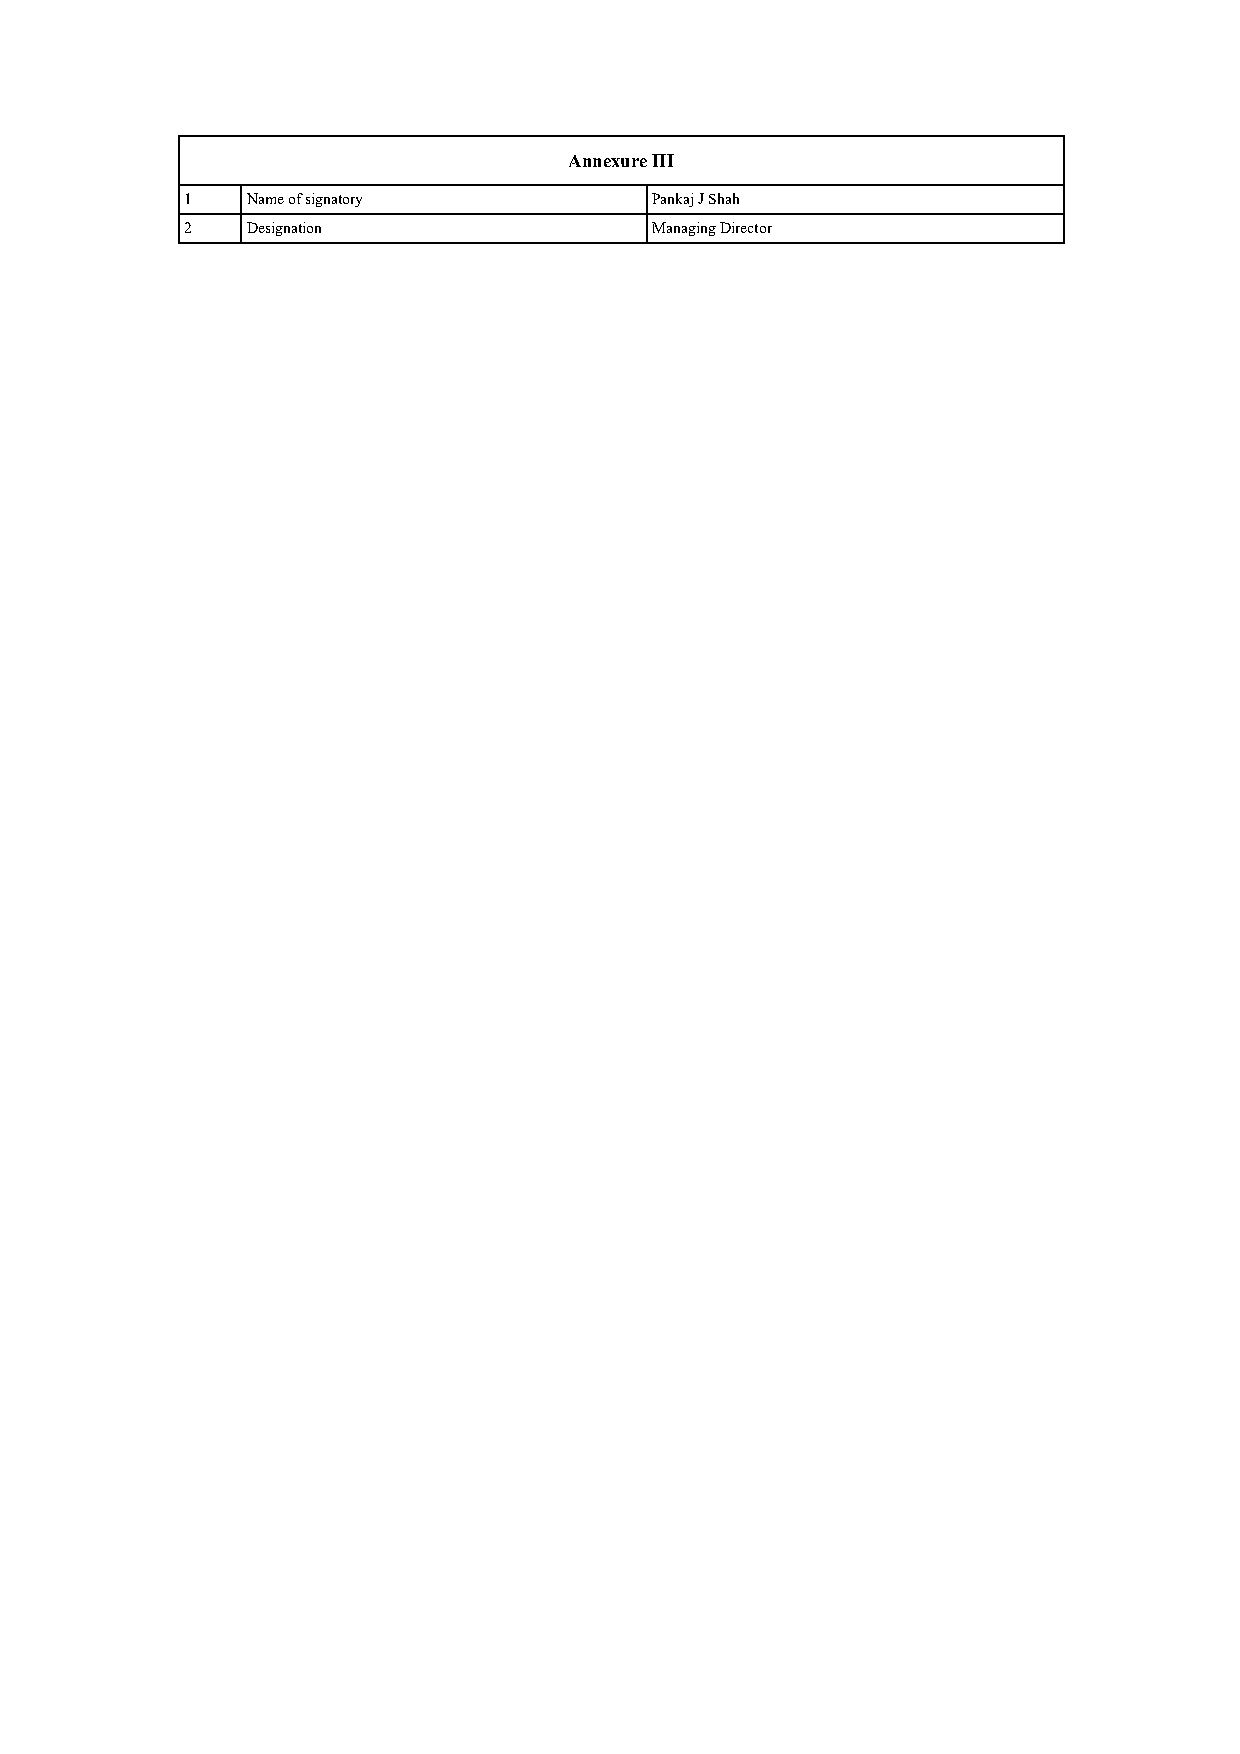
Annexure III
 1   Name of signatory          Pankaj J Shah
 2   Designation                Managing Director